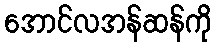
အောင်လအန်ဆန်ကို